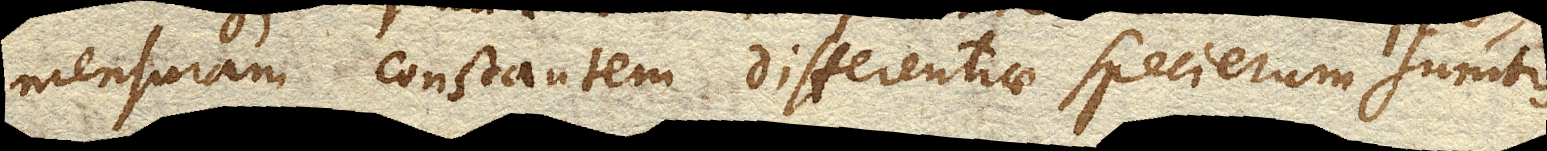
mensuram constantem differentiae specierum sumtis